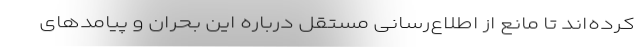
کرده‌اند تا مانع از اطلاع‌رسانی مستقل درباره این بحران و پیامدهای